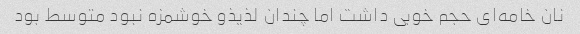
نان خامه‌ای حجم خوبی داشت اما چندان لذیذو خوشمزه نبود متوسط بود